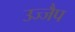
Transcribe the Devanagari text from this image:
उज्जैप